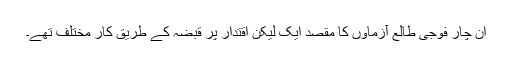
ان چار فوجی طالع آزماوں کا مقصد ایک لیکن اقتدار پر قبضہ کے طریق کار مختلف تھے۔